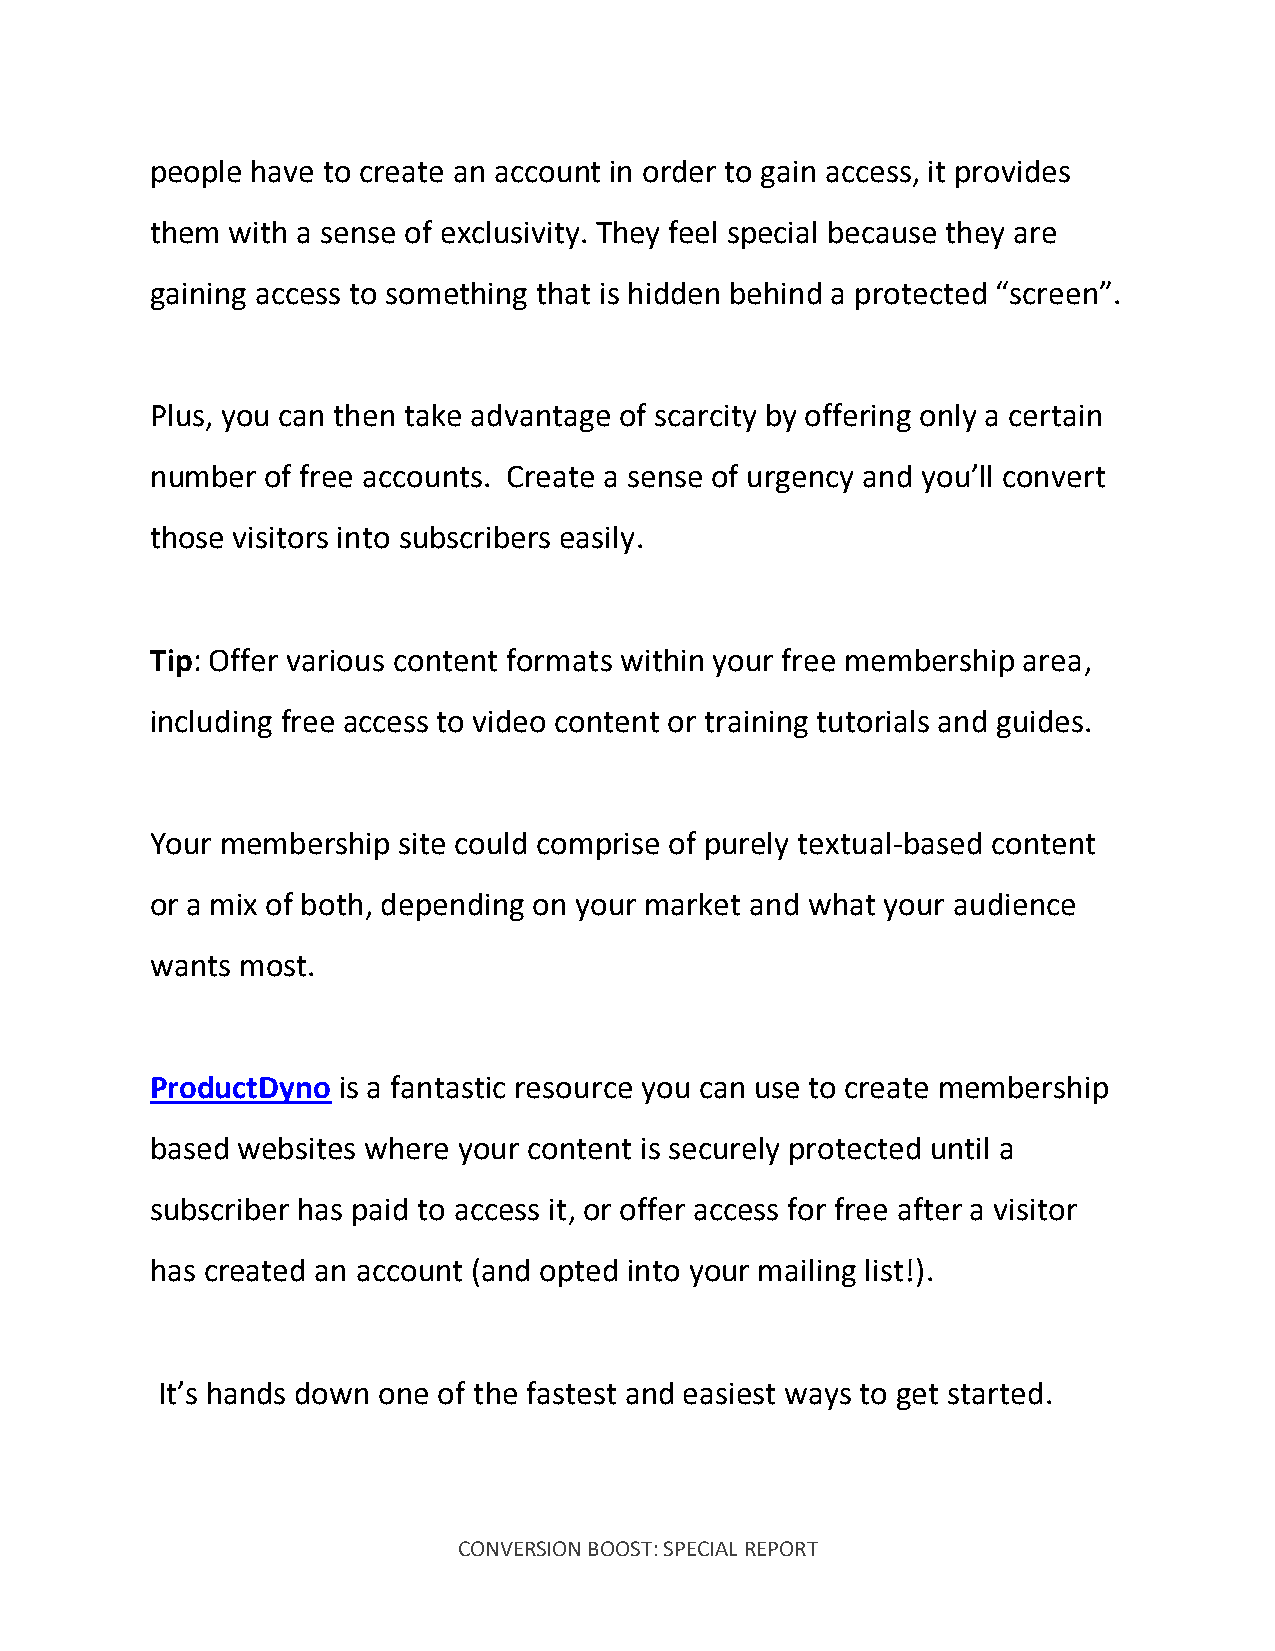
people have to create an account in order to gain access, it provides
 them with a sense of exclusivity. They feel special because they are
 gaining access to something that is hidden behind a protected “screen”.
 Plus, you can then take advantage of scarcity by offering only a certain
 number  of free accounts. Create a sense of urgency and you’ll convert
 those visitors into subscribers easily.
 Tip: Offer various content formats within your free membership area,
 including free access to video content or training tutorials and guides.
 Your membership site could comprise of purely textual-based content
 or a mix of both, depending on your market and what your audience
 wants most.
 ProductDyno is a fantastic resource you can use to create membership
 based websites where your content is securely protected until a
 subscriber has paid to access it, or offer access for free after a visitor
 has created an account (and opted into your mailing list!).
 It’s hands down one of the fastest and easiest ways to get started.
 CONVERSION BOOST: SPECIAL REPORT